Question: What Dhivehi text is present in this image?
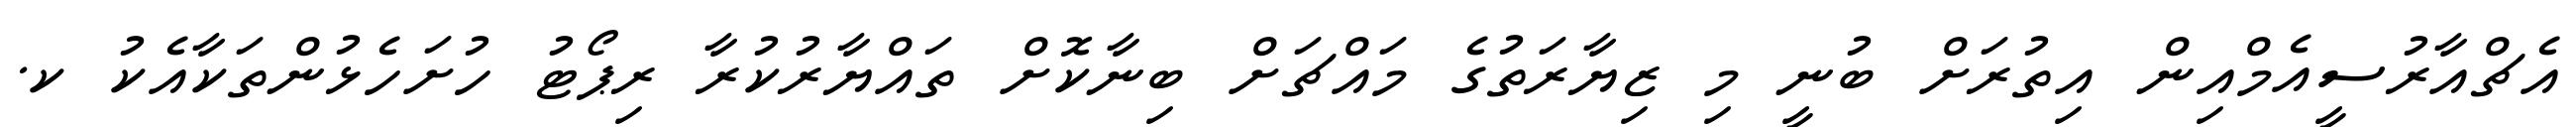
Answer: އެޗްއާރުސީއެމްއިން އިތުރަށް ބުނީ މި ޒިޔާރަތުގެ މައްޗަށް ބިނާކޮށް ތައްޔާރުކުރާ ރިޕޯޓު ހުށަހެޅުންތަކާއެކު ކ.